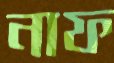
নাফ